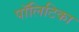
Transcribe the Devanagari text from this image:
पॉलिटिका